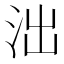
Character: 泏